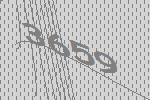
3659